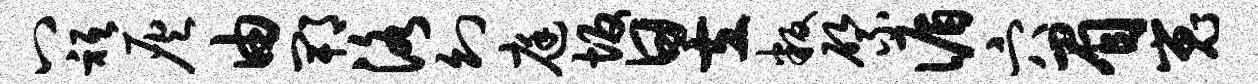
八只灰由郫洛幻庭坂昱叛綮循穴眉嵬